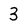
Character: 3